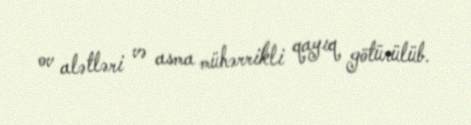
ov alətləri və asma mühərrikli qayıq götürülüb.